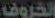
الخروف